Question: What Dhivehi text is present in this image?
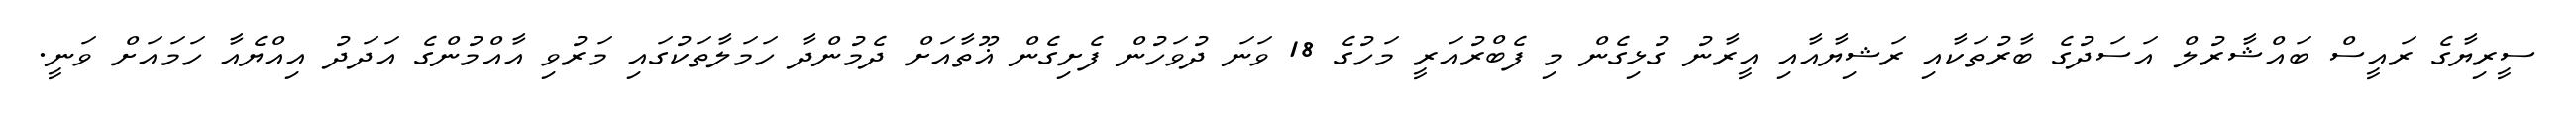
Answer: ސީރިޔާގެ ރައީސް ބައްޝާރުލް އަސަދުގެ ބާރުތަކާއި ރަޝިޔާއާއި އީރާނު ގުޅިގެން މި ފެބްރުއަރީ މަހުގެ 18 ވަނަ ދުވަހުން ފެށިގެން ޣޫތާއަށް ދެމުންދާ ހަމަލާތަކުގައި މަރުވި އާއްމުންގެ އަދަދު އިއްޔެއާ ހަމައަށް ވަނީ.